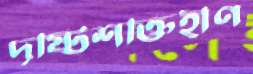
দৃষ্টিশক্তিহীণ